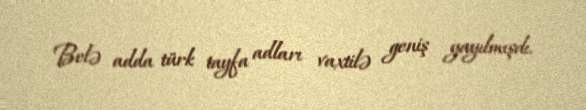
Belə adda türk tayfa adları vaxtilə geniş yayılmışdı.